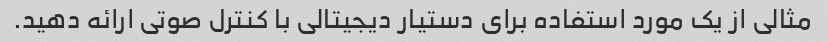
مثالی از یک مورد استفاده برای دستیار دیجیتالی با کنترل صوتی ارائه دهید.